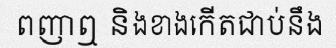
ពញាឮ និងខាងកើតជាប់នឹង